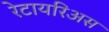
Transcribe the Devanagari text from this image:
रेटायरिअस